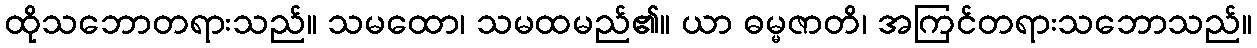
ထိုသဘောတရားသည်။ သမထော၊ သမထမည်၏။ ယာ ဓမ္မဇာတိ၊ အကြင်တရားသဘောသည်။